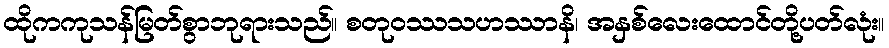
ထိုကကုသန်မြတ်စွာဘုရားသည်။ စတုဝဿသဟဿာနိ၊ အနှစ်လေးထောင်တို့ပတ်လုံး။